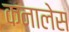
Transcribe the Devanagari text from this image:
कनालेस